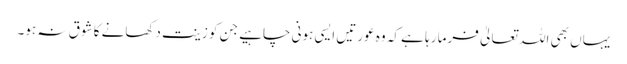
یہاں بھی اللہ تعالیٰ فرما رہا ہے کہ وہ عورتیں ایسی ہونی چاہیے جن کو زینت دکھانے کا شوق نہ ہو۔